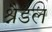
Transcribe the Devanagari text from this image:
श्नैडल